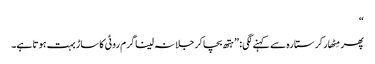
“
پھر مِٹھار کر ستارہ سے کہنے لگی: ”ہتھ بچا کر جلا نہ لینا گرم روٹی کا ساڑ بہت ہوتا ہے۔